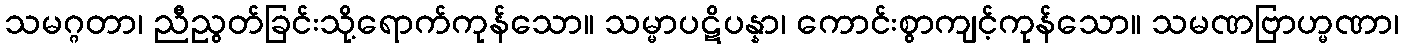
သမဂ္ဂတာ၊ ညီညွတ်ခြင်းသို့ရောက်ကုန်သော။ သမ္မာပဋိပန္နာ၊ ကောင်းစွာကျင့်ကုန်သော။ သမဏဗြာဟ္မဏာ၊